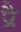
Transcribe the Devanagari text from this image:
प्रै